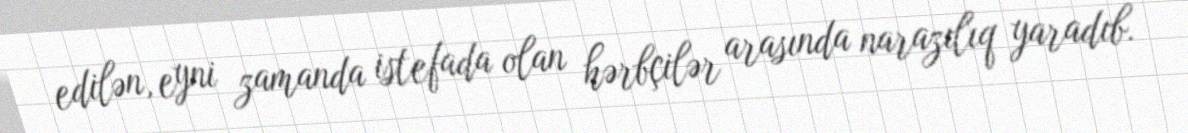
edilən, eyni zamanda istefada olan hərbçilər arasında narazılıq yaradıb.